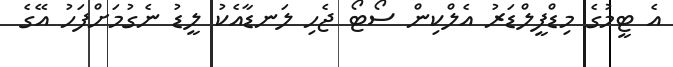
އެ ޓީމުގެ މިޑްފީލްޑަރު އެލްކިން ސޯޓޯ ޖެހި ލަނޑާއެކު ލީޑު ނެގުމަށްފަހު އޭގެ